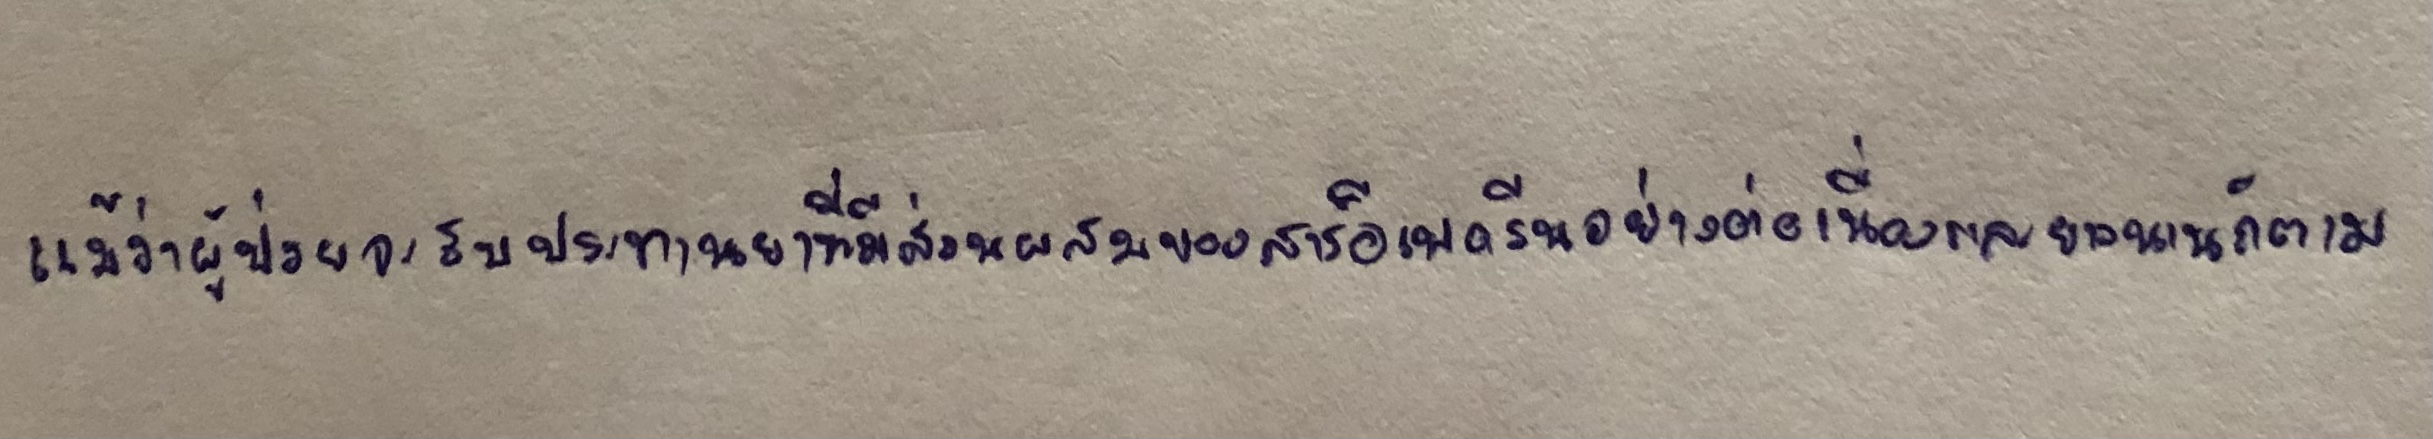
แม้ว่าผู้ป่วยจะรับประทานยาที่มีส่วนผสมของสารอีเฟดรีนอย่างต่อเนื่องและยาวนานก็ตาม